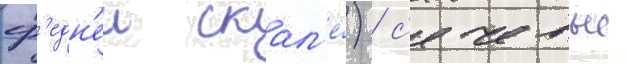
ср'едн'еи скал'е́) / с'ечевые